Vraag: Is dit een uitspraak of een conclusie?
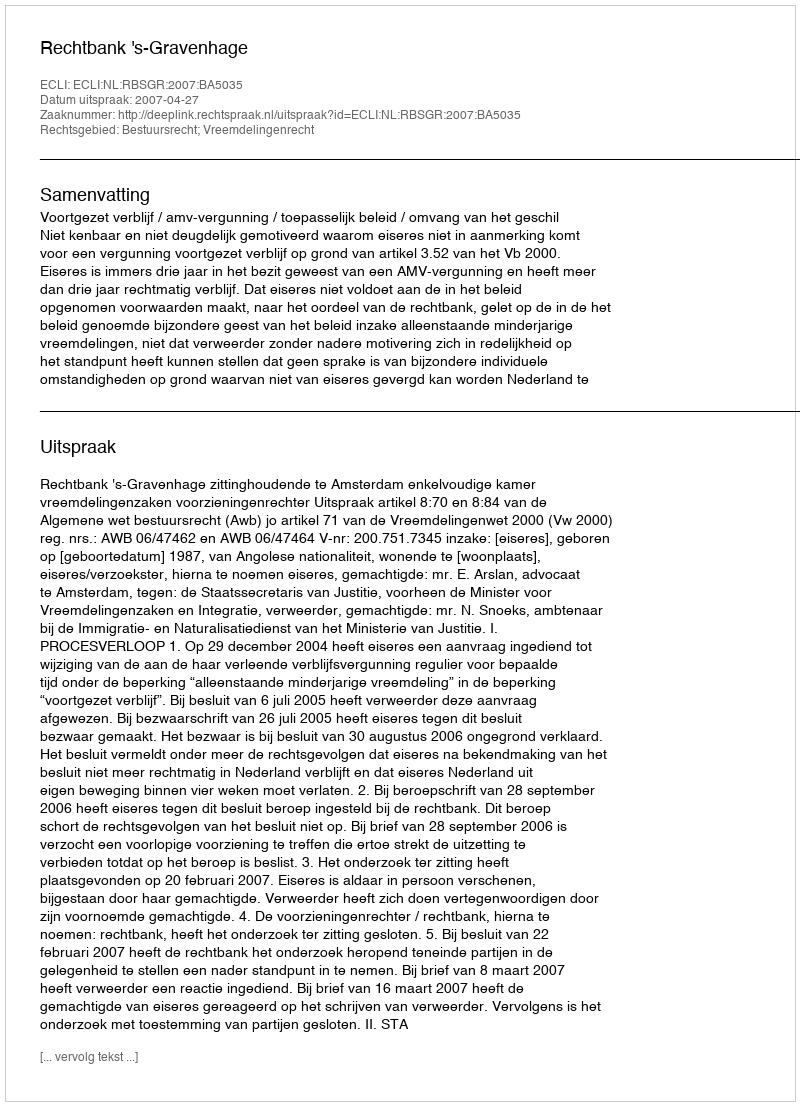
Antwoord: Uitspraak